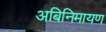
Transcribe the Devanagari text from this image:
अबिनिमायण